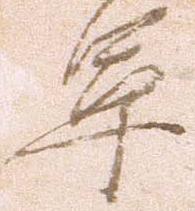
軍